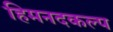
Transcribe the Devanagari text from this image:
हिमनदकल्प